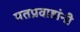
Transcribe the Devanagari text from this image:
मतप्रवाहांनी